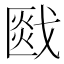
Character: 𰒯